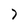
Character: 7